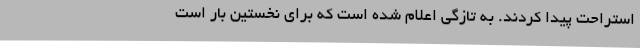
استراحت پیدا کردند. به تازگی اعلام شده است که برای نخستین بار است